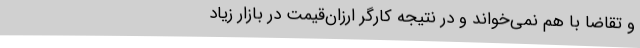
و تقاضا با هم نمی‌خواند و در نتیجه کارگر ارزان‌قیمت در بازار زیاد